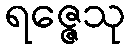
ရဇ္ဇေသု